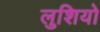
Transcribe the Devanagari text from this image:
लुशियो